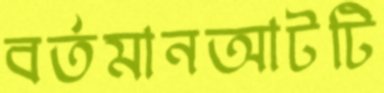
বর্তমানআটটি